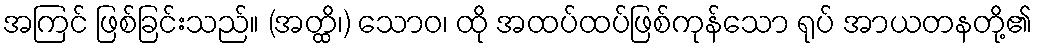
အကြင် ဖြစ်ခြင်းသည်။ (အတ္ထိ၊) သောဝ၊ ထို အထပ်ထပ်ဖြစ်ကုန်သော ရုပ် အာယတနတို့၏